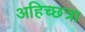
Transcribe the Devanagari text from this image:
अहिच्छत्रा